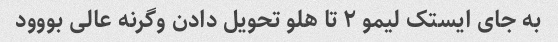
به جای ایستک لیمو ۲ تا هلو تحویل دادن وگرنه عالی بووود